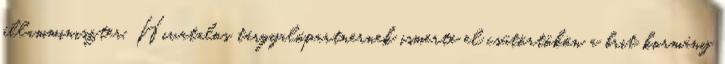
államminiszter. Hivatalos tárgyalópartnernek ismerte el csütörtökön a brit kormány